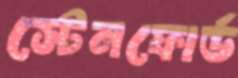
স্টেনফোর্ড